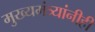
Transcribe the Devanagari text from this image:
मुख्यमंत्र्यांनीही